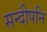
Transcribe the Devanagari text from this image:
सन्दीपनि